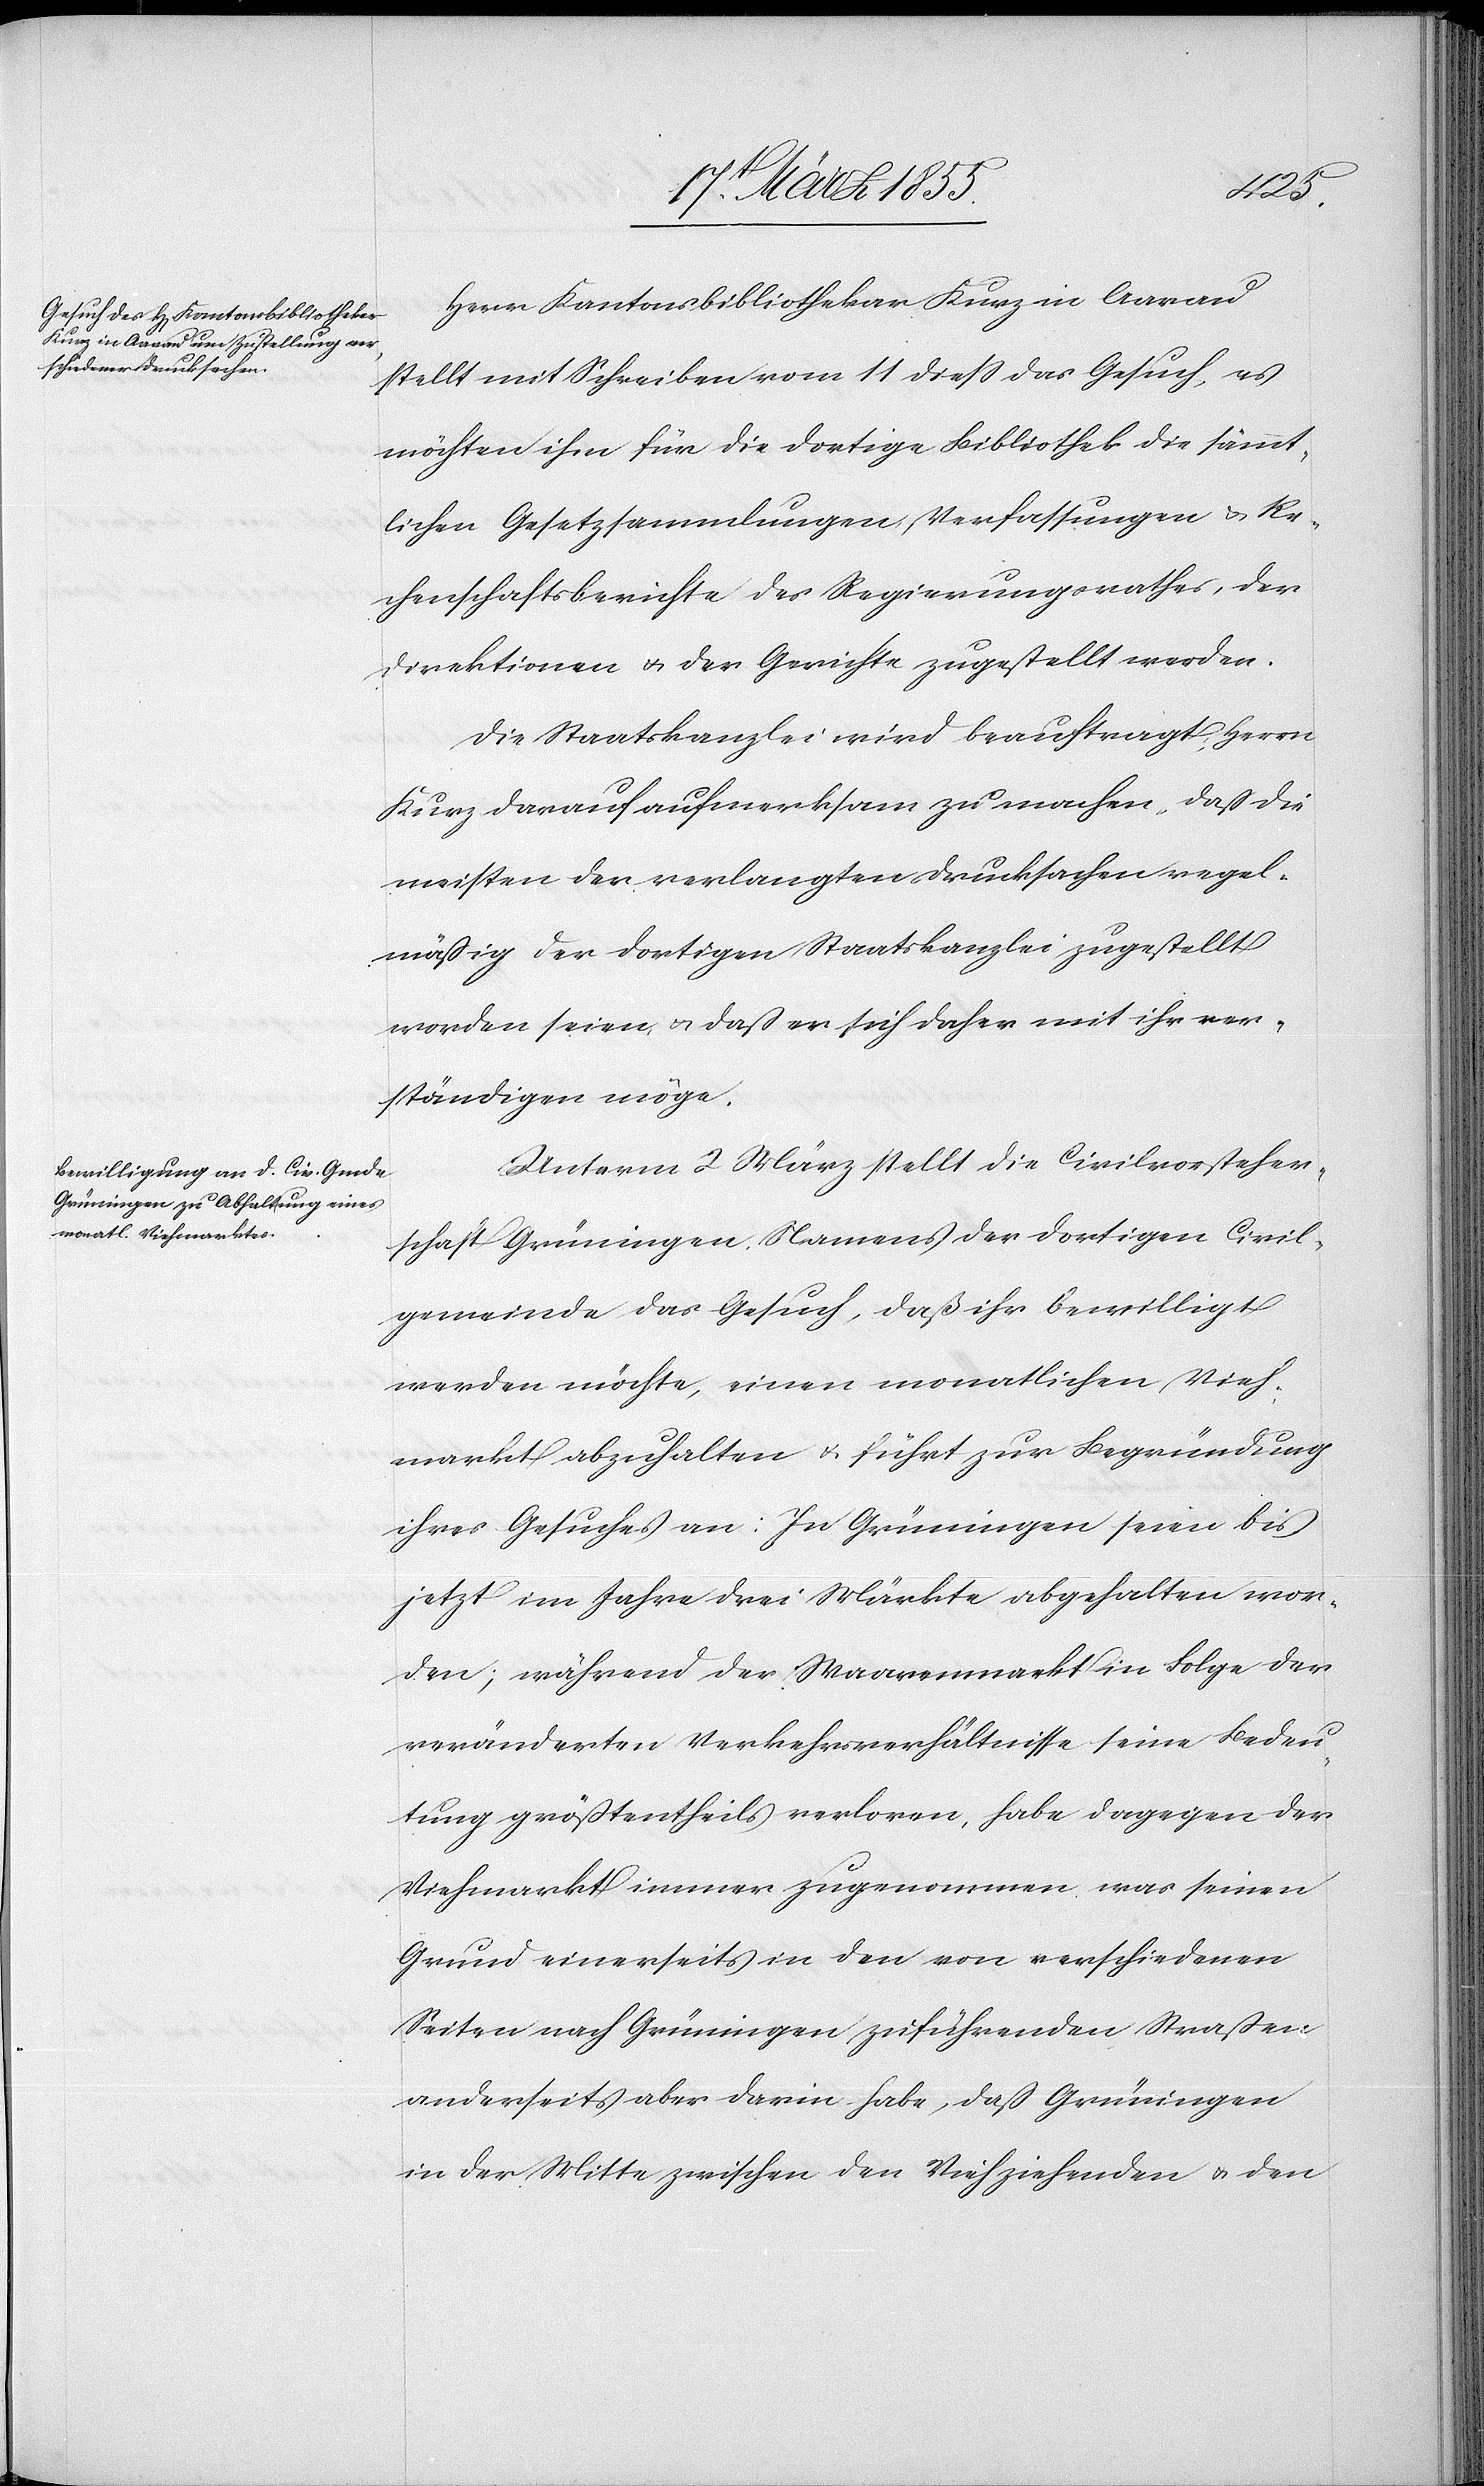
Herr Kantonsbibliothekar Kurz in Aarau
stellt mit Schreiben vom 11 diess das Gesuch, es
möchten ihm für die dortige Bibliothek die sämmt¬
lichen Gesetzsammlungen, Verfassungen & Re¬
chenschaftsberichte des Regierungsrathes, der
Direktionen & der Gerichte zugestellt werden.
Die Staatskanzlei wird beauftragt, Herrn
Kurz darauf aufmerksam zu machen, daß die
meisten der verlangten Drucksachen regel¬
mäßig der dortigen Staatskanzlei zugestellt
worden seien & daß er sich daher mit ihr ver¬
ständigen möge.
Unterm 2 März stellt die Civilvorsteher¬
schaft Grüningen, Namens der dortigen Civil¬
gemeinde das Gesuch, daß ihr bewilligt
werden möchte, einen monatlichen Vieh¬
markt abzuhalten & führt zur Begründung
ihres Gesuches an: In Grüningen seien bis
jetzt im Jahre drei Märkte abgehalten wor¬
den; während der Waarenmarkt in Folge der
veränderten Verkehrsverhältnisse seine Bedeu¬
tung größtentheils verloren, habe dagegen der
Viehmarkt immer zugenommen was seinen
Grund einerseits in den von verschiedenen
Seiten nach Grüningen zuführenden Straßen
anderseits aber darin habe, daß Grüningen
in der Mitte zwischen den Vieh ziehenden & den